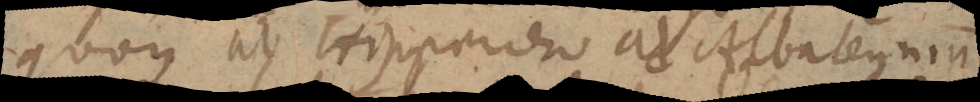
quoque ab Hipparcho ad Albategnium